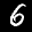
Label: 6